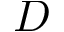
D